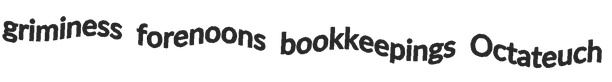
griminess forenoons bookkeepings Octateuch